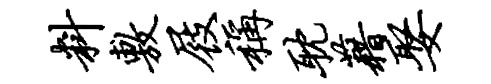
料敷屐称耽藉娶